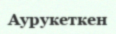
Аурукеткен